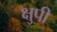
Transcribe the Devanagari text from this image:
क्षुपी